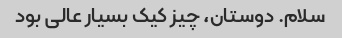
سلام. دوستان، چیز کیک بسیار عالی بود